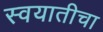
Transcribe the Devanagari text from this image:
स्वयातीचा